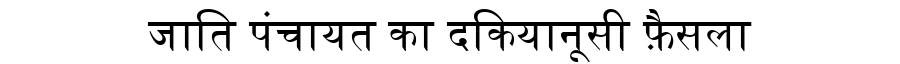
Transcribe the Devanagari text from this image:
जाति पंचायत का दकियानूसी फ़ैसला